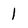
Character: 1